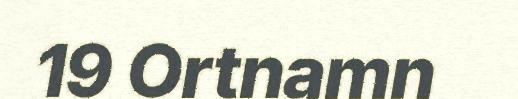
19 Ortnamn